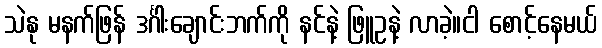
သဲနု မနက်ဖြန် ဒင်္ဂါးချောင်းဘက်ကို နင်နဲ့ ဖြူဥနဲ့ လာခဲ့။ငါ စောင့်နေမယ်